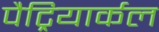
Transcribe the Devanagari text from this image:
पैट्रियार्कल